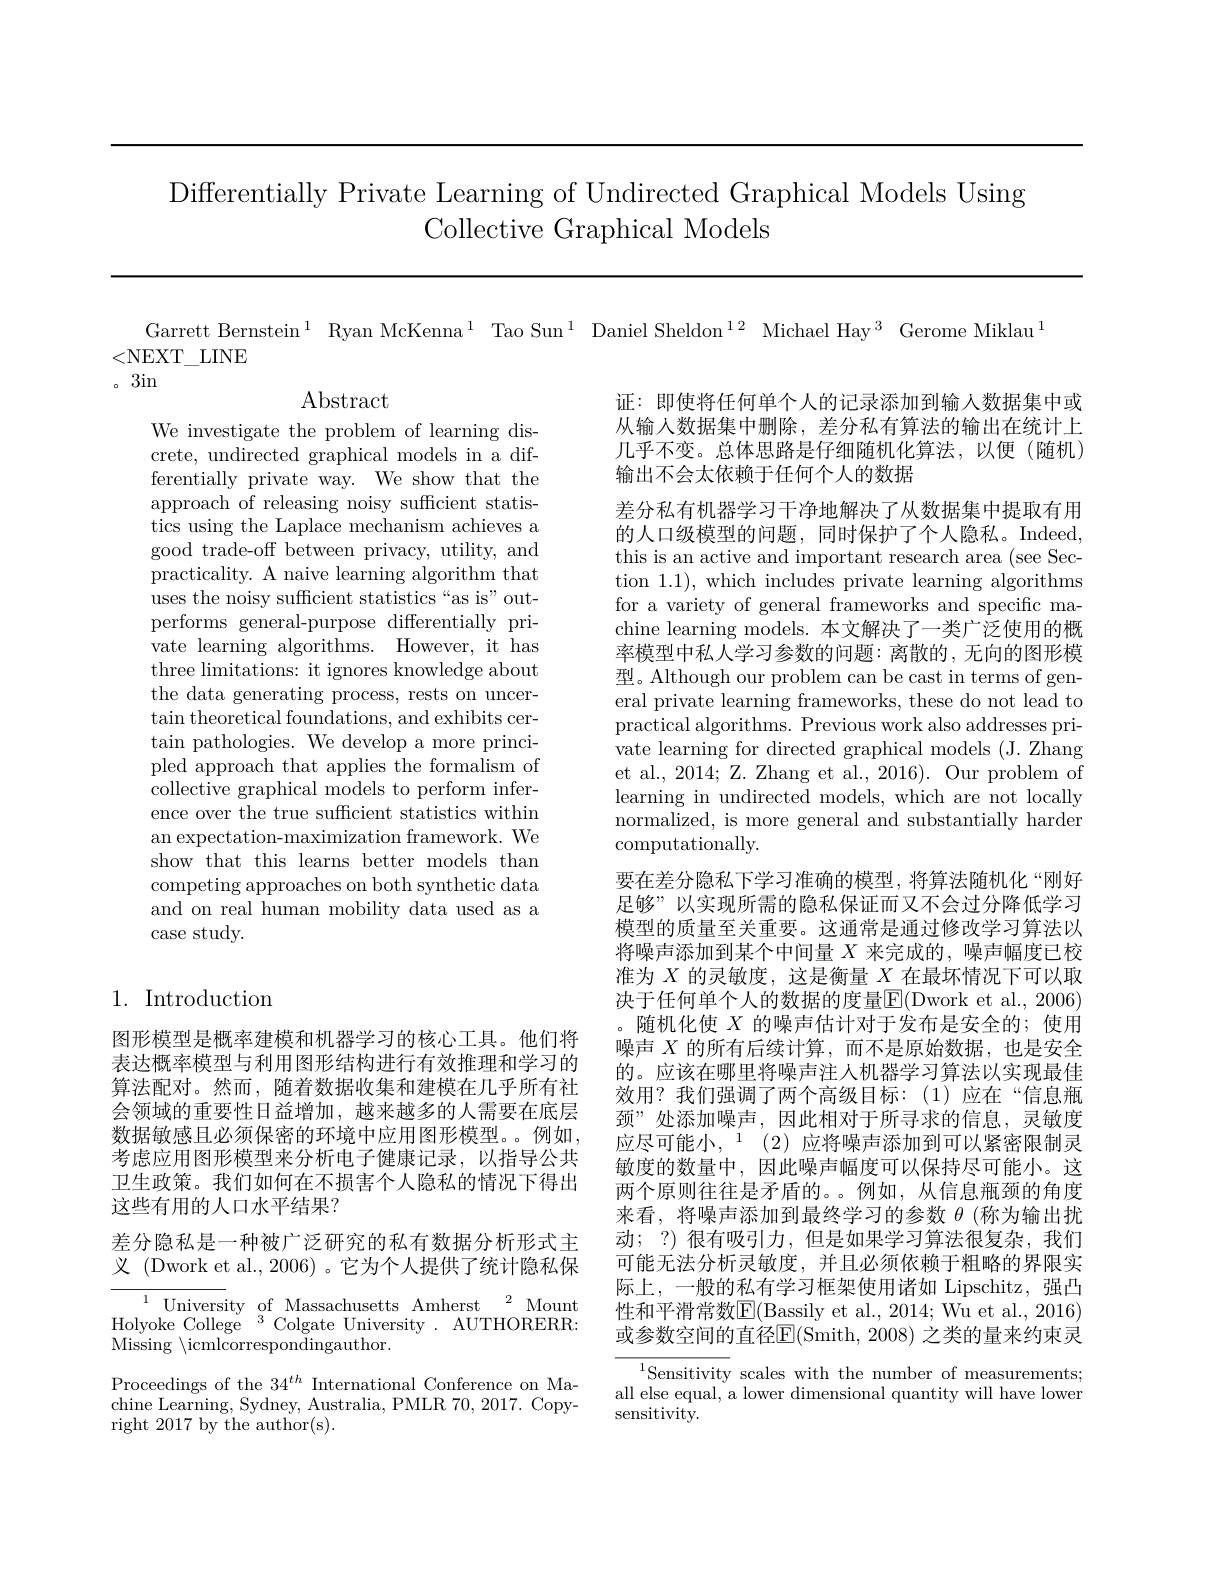
Differentially Private Learning of Undirected Graphical Models Using
Collective Graphical Models

Garrett Bernstein$^1$ Ryan McKenna$^1$ Tao Sun$^1\text{ Daniel Sheldon}^{12}$ Michael Hay$^3$ Gerome Miklau$^1$
<NEXT\_LINE

。3in

$\operatorname{Abstract}$

证：即使将任何单个人的记录添加到输入数据集中或从输入数据集中删除，差分私有算法的输出在统计上几乎不变。总体思路是仔细随机化算法，以便(随机) 输出不会太依赖于任何个人的数据

We investigate the problem of learning discrete, undirected graphical models in a differentially private way. We show that the approach of releasing noisy sufficient statistics using the Laplace mechanism achieves a good trade-off between privacy, utility, and practicality. A naive learning algorithm that uses the noisy sufficient statistics“as is”outperforms general-purpose differentially private learning algorithms. However, it has three limitations: it ignores knowledge about the data generating process, rests on uncer- $\tan$theoretical foundations, and exhibits certain pathologies. We develop a more principled approach that applies the formalism of collective graphical models to perform inference over the true sufficient statistics within an expectation-maximization framework. We show that this learns better models than competing approaches on both synthetic data and on real human mobility data used as a case study.

差分私有机器学习干净地解决了从数据集中提取有用的人口级模型的问题，同时保护了个人隐私。Indeed, this is an active and important research area (see Section 1.1), which includes private learning algorithms for a variety of general frameworks and specific machine learning models. 本文解决了一类广泛使用的概率模型中私人学习参数的问题：离散的，无向的图形模型。Although our problem can be cast in terms of general private learning frameworks, these do not lead to practical algorithms. Previous work also addresses private learning for directed graphical models (J. Zhang et al., 2014; Z. Zhang et al., 2016). Our problem of learning in undirected models, which are not locally normalized, is more general and substantially harder computationally.
要在差分隐私下学习准确的模型，将算法随机化“刚好足够”以实现所需的隐私保证而又不会过分降低学习模型的质量至关重要。这通常是通过修改学习算法以将噪声添加到某个中间量$X$来完成的，噪声幅度已校准为$X$的灵敏度，这是衡量$X$在最坏情况下可以取决于任何单个人的数据的度量$\boxed{\mathrm{E}}($Dwork et al., 2006) 。随机化使$X$的噪声估计对于发布是安全的；使用噪声$X$的所有后续计算，而不是原始数据，也是安全的。应该在哪里将噪声注人机器学习算法以实现最佳效用？我们强调了两个高级目标：(1)应在“信息瓶颈”处添加噪声，因此相对于所寻求的信息，灵敏度应尽可能小，$^1(2)$应将噪声添加到可以紧密限制灵敏度的数量中，因此噪声幅度可以保持尽可能小。这两个原则往往是矛盾的。。例如，从信息瓶颈的角度来看，将噪声添加到最终学习的参数$\theta$ (称为输出扰动；?)很有吸引力，但是如果学习算法很复杂，我们可能无法分析灵敏度，并且必须依赖于粗略的界限实际上，一般的私有学习框架使用诸如 Lipschitz, 强凸性和平滑常数$\boxed{\mathrm{E}}($Bassily et al., 2014; Wu et al., 2016) 或参数空间的直径$\overline{\mathrm{E}}($Smith, 2008) 之类的量来约束灵
$^{1}$Sensitivity scales with the number of measurements; all else equal, a lower dimensional quantity will have lower sensitivity.

## 1. Introduction

图形模型是概率建模和机器学习的核心工具。他们将表达概率模型与利用图形结构进行有效推理和学习的算法配对。然而，随着数据收集和建模在几乎所有社会领域的重要性日益增加，越来越多的人需要在底层数据敏感且必须保密的环境中应用图形模型。例如， 考虑应用图形模型来分析电子健康记录，以指导公共卫生政策。我们如何在不损害个人隐私的情况下得出这些有用的人口水平结果？
差分隐私是一种被广泛研究的私有数据分析形式主义 (Dwork et al., 2006)。它为个人提供了统计隐私保

${\overline{{^{1}}}}{\mathrm{~Univers}}$ity of Massachusetts Amherst$^2$Mount Holyoke College$^3$Colgate University.AUTHORERR: Missing $\bar{\mathrm{~icmlcorrespondingauthor. }}$

Proceedings of the 34$^th$ International Conference on Machine Learning, Sydney, Australia, PMLR 70, 2017. Copyright 2017 by the author(s).